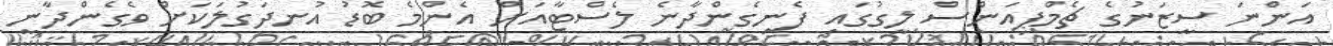
އަންނަ ސީޒަނުގެ ޗެމްޕިއަންސް ލީގުގައި ފެނިގެންދާނެ ލެސްޓާއަށް އެންމެ ބޮޑު އުނދަގުލަކަށް ވެގެންދާނީ